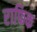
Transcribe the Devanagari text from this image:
राफिक